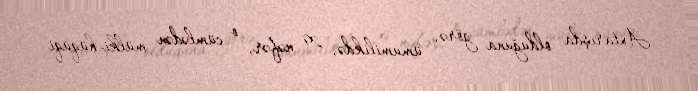
Axtarışda olduğuna görə, ümumilikdə, 29 nəfər, o cümlədən mülki-hüquqi